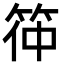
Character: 筗